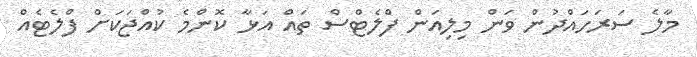
މާލެ ސަރަހައްދުން ވަން މިލިއަން ފްލެޓްސް ތައް އަޅާ ކޮންމެ ކުއްޖަކަށް ފްލެޓެއް